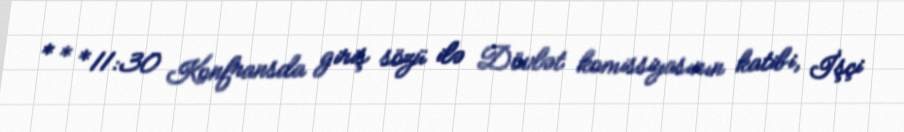
* * *11:30 Konfransda giriş sözü ilə Dövlət komissiyasının katibi, İşçi